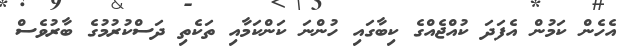
އެހެން ކަމުން އެފަދަ ކުއްޖެއްގެ ކިބާގައި ހުންނަ ކަންކަމާއި ތަކެތި ދަސްކުރުމުގެ ބާރުވެސް